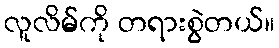
လူလိမ်ကို တရားစွဲတယ်။